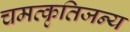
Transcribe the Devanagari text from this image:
चमत्कृतिजन्य